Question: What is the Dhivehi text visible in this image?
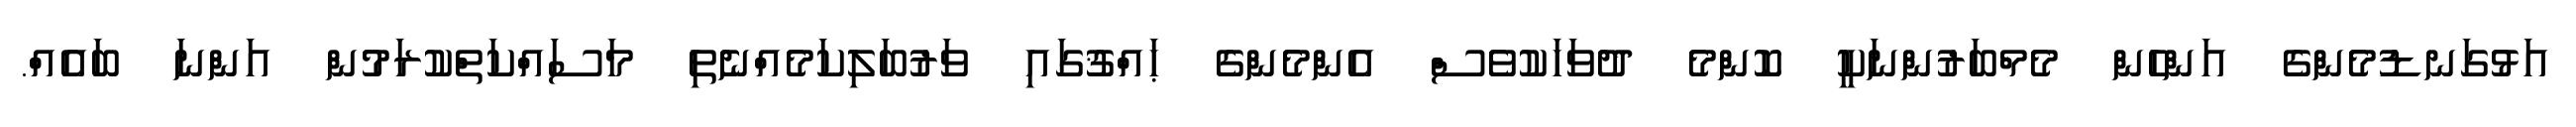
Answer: އަޅުގަނޑުމެންގެ އަންހެން މެމްބަރުންނަކީ ކޮންމެ ދުވަހަކުވެސް އެންމެންގެ ޙައްޤުގައި ވަރުބަލިކަމެއްނެތި މަސައްކަތްކުރަމުން އަންނަ ބައެއް.